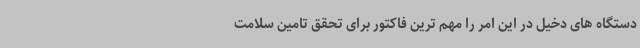
دستگاه های دخیل در این امر را مهم ترین فاکتور برای تحقق تامین سلامت